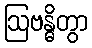
ဩဗန္ဓိတွာ